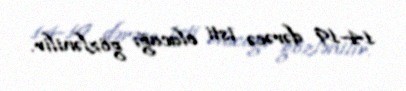
14-19 dərəcə isti olacağı gözlənilir.